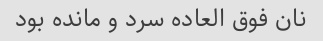
نان فوق العاده سرد و مانده بود